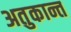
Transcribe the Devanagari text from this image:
अतुकान्त